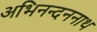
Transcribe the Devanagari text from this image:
अभिनन्दननाथ